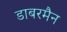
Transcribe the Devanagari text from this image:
डाबरमैन